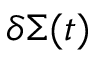
\delta \Sigma ( t )